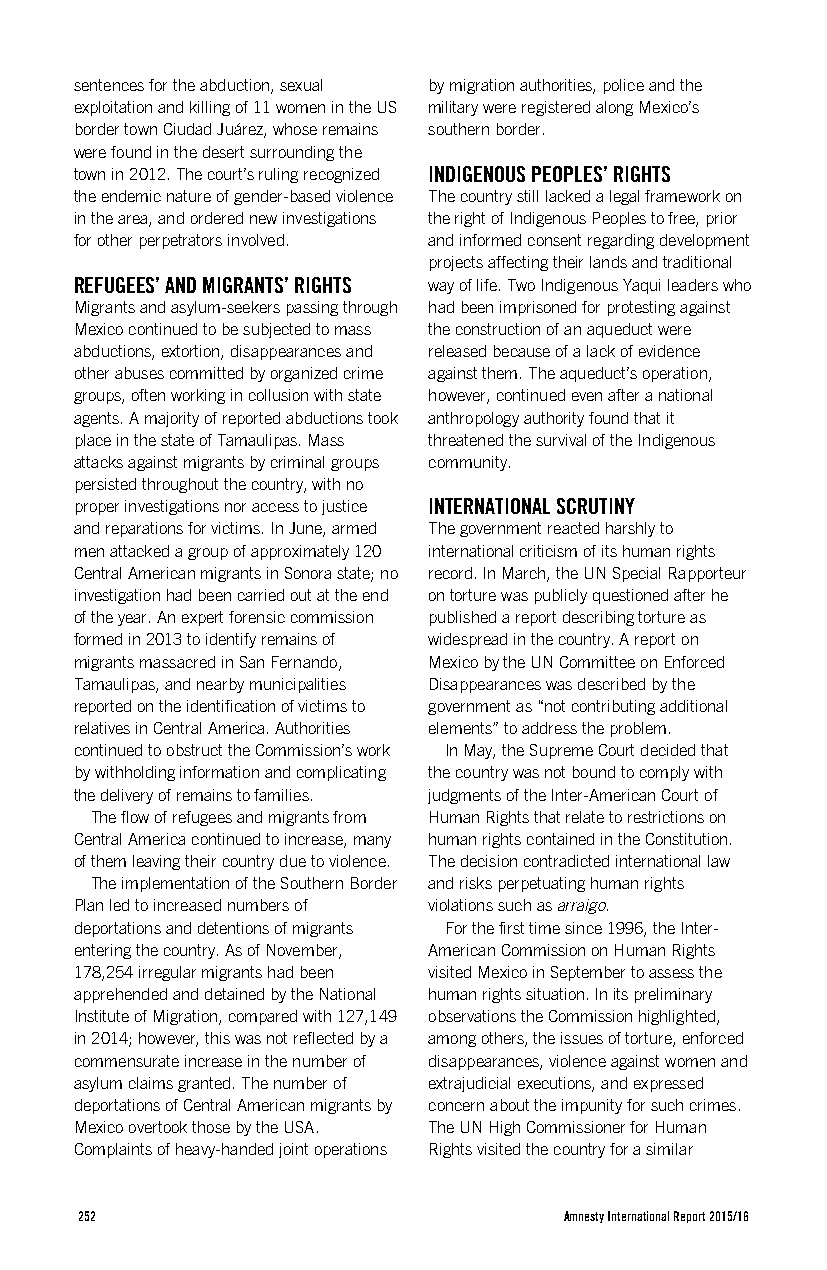
sentences for the abduction, sexual by migration authorities, police and the
 exploitation and killing of 11 women in the US military were registered along Mexico’s
 border town Ciudad Juárez, whose remains southern border.
 were found in the desert surrounding the
 town in 2012. The court’s ruling recognized INDIGENOUS PEOPLES’ RIGHTS
 the endemic nature of gender-based violence The country still lacked a legal framework on
 in the area, and ordered new investigations the right of Indigenous Peoples to free, prior
 for other perpetrators involved. and informed consent regarding development
 projects affecting their lands and traditional
 REFUGEES’ AND MIGRANTS’ RIGHTS way of life. Two Indigenous Yaqui leaders who
 Migrants and asylum-seekers passing through had been imprisoned for protesting against
 Mexico continued to be subjected to mass the construction of an aqueduct were
 abductions, extortion, disappearances and released because of a lack of evidence
 other abuses committed by organized crime against them. The aqueduct’s operation,
 groups, often working in collusion with state however, continued even after a national
 agents. A majority of reported abductions took anthropology authority found that it
 place in the state of Tamaulipas. Mass threatened the survival of the Indigenous
 attacks against migrants by criminal groups community.
 persisted throughout the country, with no
 proper investigations nor access to justice INTERNATIONAL SCRUTINY
 and reparations for victims. In June, armed The government reacted harshly to
 men attacked a group of approximately 120 international criticism of its human rights
 Central American migrants in Sonora state; no record. In March, the UN Special Rapporteur
 investigation had been carried out at the end on torture was publicly questioned after he
 of the year. An expert forensic commission published a report describing torture as
 formed in 2013 to identify remains of widespread in the country. A report on
 migrants massacred in San Fernando, Mexico by the UN Committee on Enforced
 Tamaulipas, and nearby municipalities Disappearances was described by the
 reported on the identification of victims to government as “not contributing additional
 relatives in Central America. Authorities elements” to address the problem.
 continued to obstruct the Commission’s work In May, the Supreme Court decided that
 by withholding information and complicating the country was not bound to comply with
 the delivery of remains to families. judgments of the Inter-American Court of
 The flow of refugees and migrants from Human Rights that relate to restrictions on
 Central America continued to increase, many human rights contained in the Constitution.
 of them leaving their country due to violence. The decision contradicted international law
 The implementation of the Southern Border and risks perpetuating human rights
 Plan led to increased numbers of violations such as arraigo.
 deportations and detentions of migrants For the first time since 1996, the Inter-
 entering the country. As of November, American Commission on Human Rights
 178,254 irregular migrants had been visited Mexico in September to assess the
 apprehended and detained by the National human rights situation. In its preliminary
 Institute of Migration, compared with 127,149 observations the Commission highlighted,
 in 2014; however, this was not reflected by a among others, the issues of torture, enforced
 commensurate increase in the number of disappearances, violence against women and
 asylum claims granted. The number of extrajudicial executions, and expressed
 deportations of Central American migrants by concern about the impunity for such crimes.
 Mexico overtook those by the USA. The UN High Commissioner for Human
 Complaints of heavy-handed joint operations Rights visited the country for a similar
 252                             Amnesty International Report 2015/16